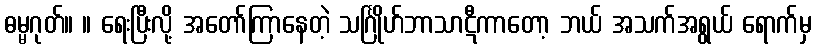
ဓမ္မဂုတ်။ ။ ရေးပြီးလို့ အတော်ကြာနေတဲ့ သင်္ဂြိုဟ်ဘာသာဋီကာတော့ ဘယ် အသက်အရွယ် ရောက်မှ